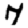
Digit: 7